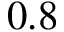
0 . 8